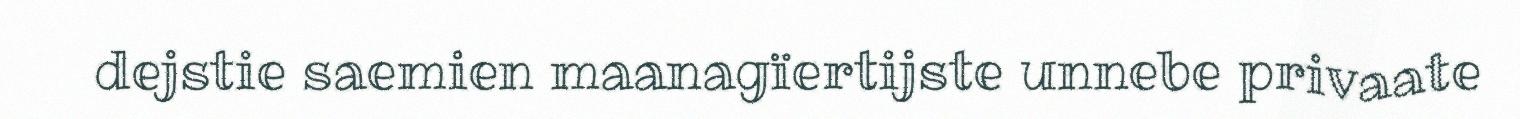
dejstie saemien maanagïertijste unnebe privaate